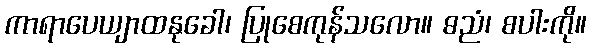
ကာရာပေယျာထနုခေါ၊ ပြုစေကုန်သလော။ ဓညံ၊ စပါးကို။